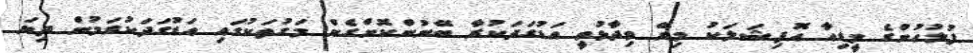
ފުލުހުންގެ މީޑިއާ އޮފިޝަލަކު މިރޭ ވިދާޅުވީ އަޑުގަދަކުރާ ބޭނުންކޮށްގެން މަގުތަކުގައި އަޑުގަދަކުރަމުން ދިޔަ